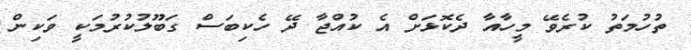
ތުހުމަތު ކުރެވޭ މީހާއާ ދެކޮޅަށް އެ ކުއްޖާ ދޭ ހެކިބަސް ގަބޫލުކުރުމަކީ ވަކިން